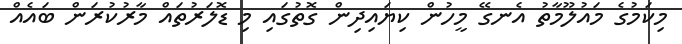
މިކަމުގެ މައުލޫމާތު އެނގޭ މީހުން ކިޔައިދިން ގޮތުގައި މި ޑޮލަރުތައް މާރުކުރަން ބައެއް